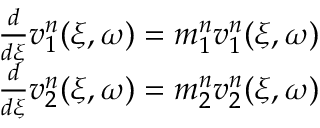
\begin{array} { r } { \frac { d } { d \xi } \boldsymbol { v } _ { 1 } ^ { n } ( \xi , \omega ) = \boldsymbol { m } _ { 1 } ^ { n } \boldsymbol { v } _ { 1 } ^ { n } ( \xi , \omega ) } \\ { \frac { d } { d \xi } \boldsymbol { v } _ { 2 } ^ { n } ( \xi , \omega ) = \boldsymbol { m } _ { 2 } ^ { n } \boldsymbol { v } _ { 2 } ^ { n } ( \xi , \omega ) } \end{array}